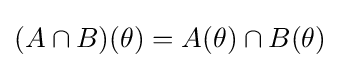
(A\cap B)(\theta )=A(\theta )\cap B(\theta )